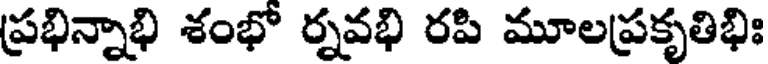
ప్రభిన్నాభి శంభో ర్నవభి రపి మూలప్రకృతిభిః